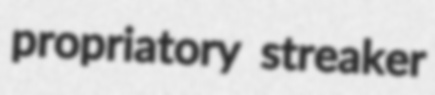
propriatory streaker